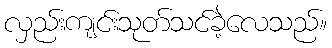
လှည်းကျင်းသုတ်သင်ခဲ့လေသည်။